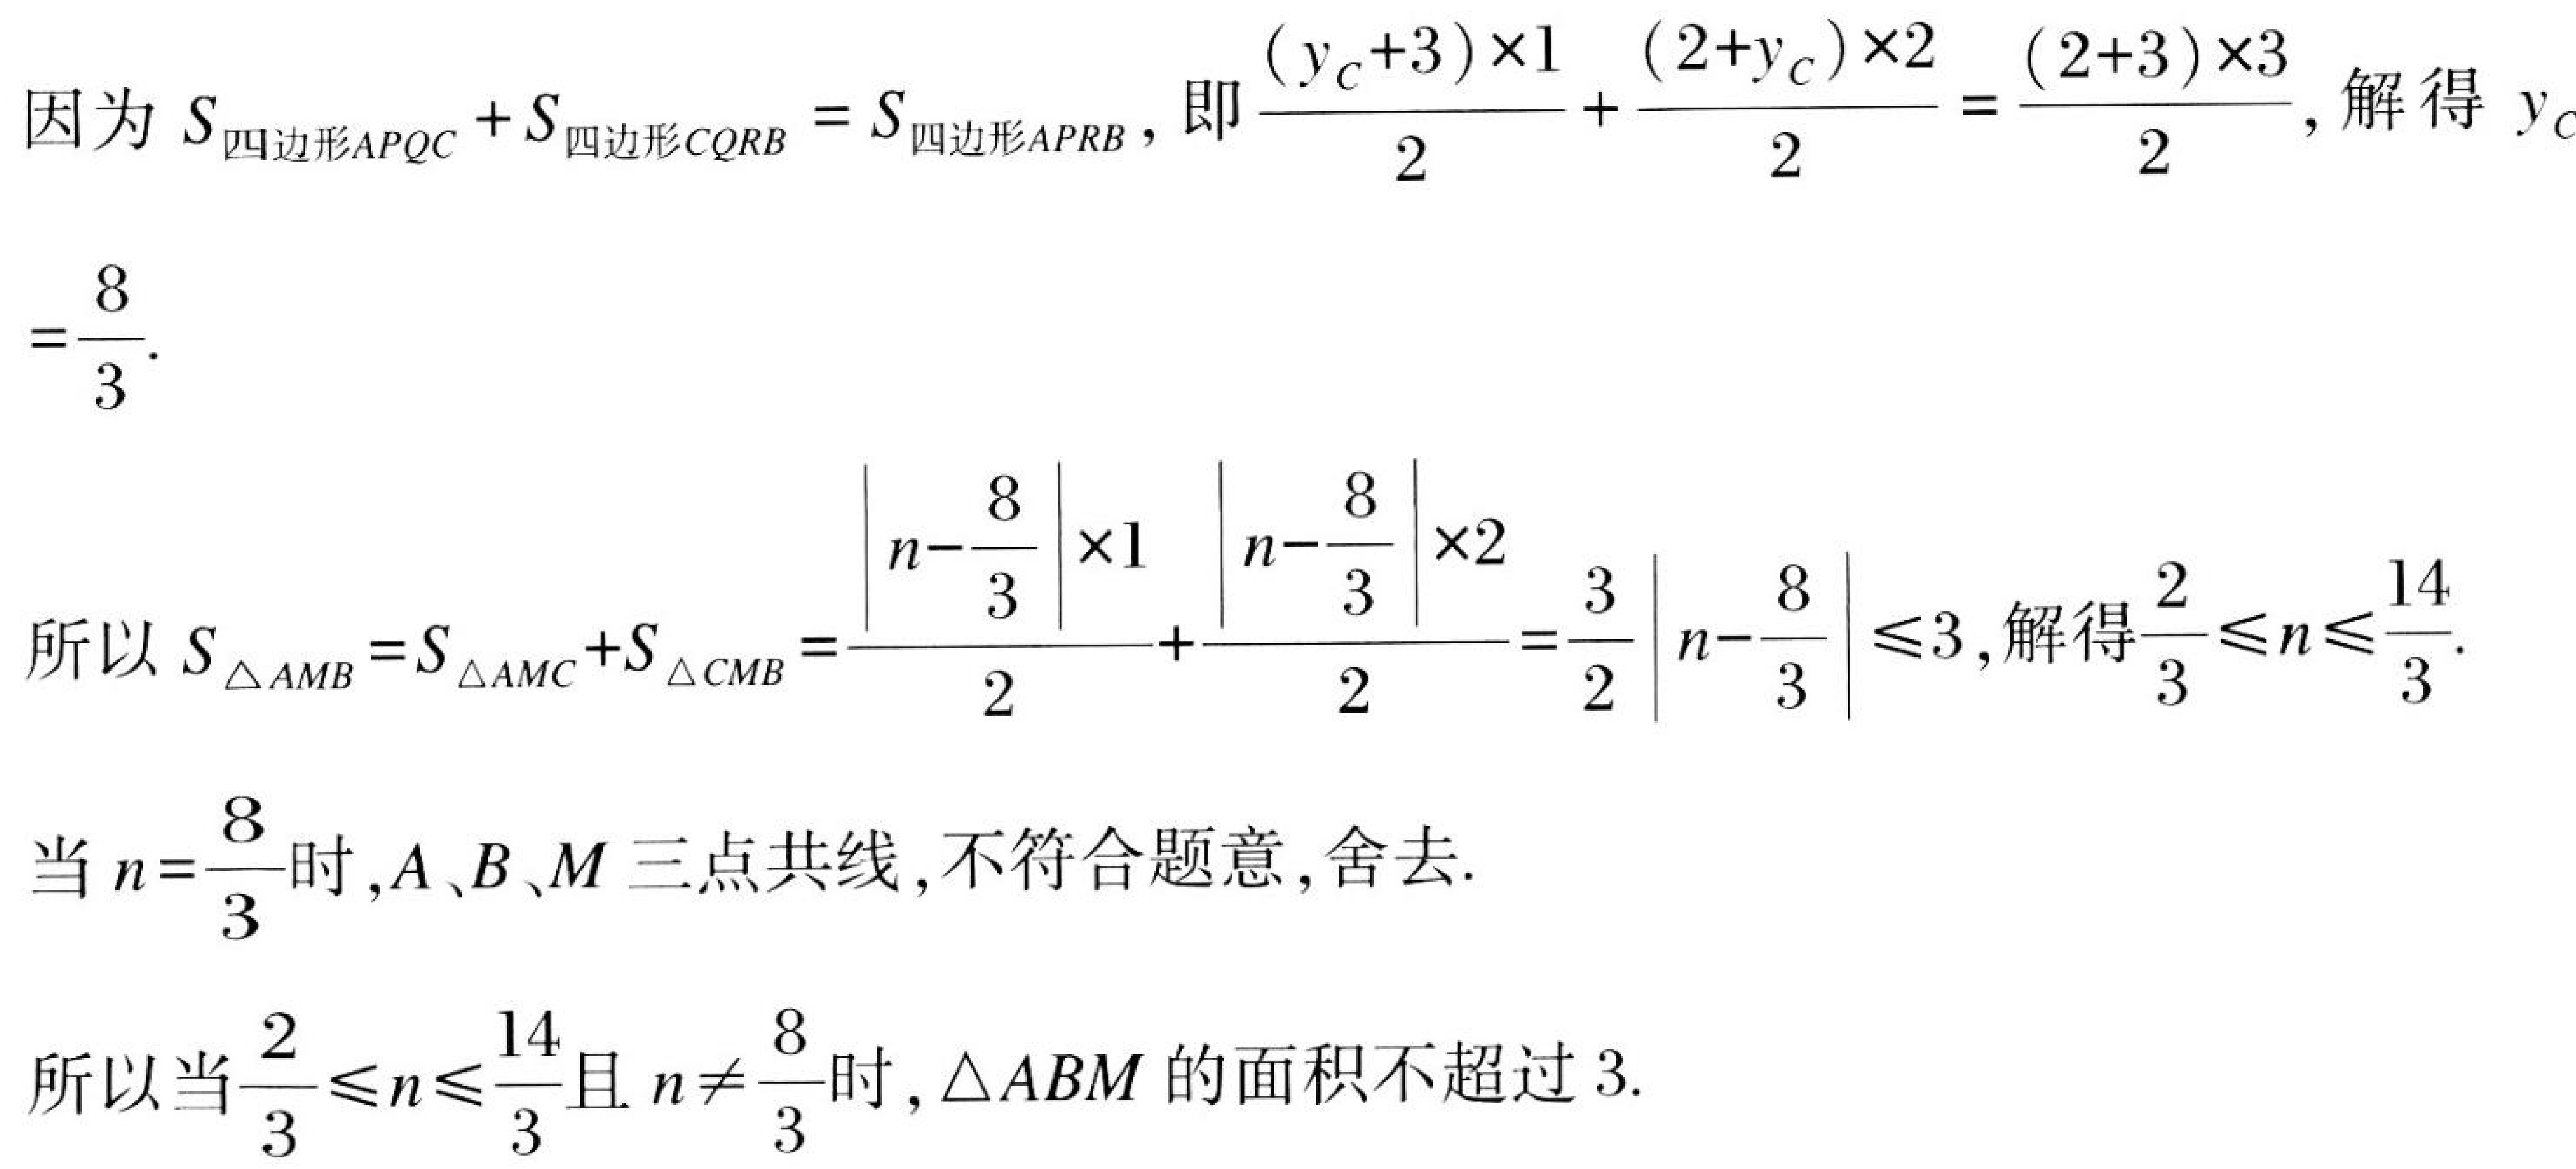
因为\(S_{四边形APQC}+S_{四边形CQR B}=S_{四边形APR B}\)，即\(\frac{(y_{C}+3)\times1}{2}+\frac{(2 + y_{C})\times2}{2}=\frac{(2 + 3)\times3}{2}\)，解得\(y_{C}=\frac{8}{3}\).

所以\(S_{\triangle AMB}=S_{\triangle AMC}+S_{\triangle CMB}=\frac{\left|n-\frac{8}{3}\right|\times1}{2}+\frac{\left|n-\frac{8}{3}\right|\times2}{2}=\frac{3}{2}\left|n-\frac{8}{3}\right|\leqslant3\)，解得\(\frac{2}{3}\leqslant n\leqslant\frac{14}{3}\).

当\(n = \frac{8}{3}\)时，\(A\)、\(B\)、\(M\)三点共线，不符合题意，舍去.

所以当\(\frac{2}{3}\leqslant n\leqslant\frac{14}{3}\)且\(n\neq\frac{8}{3}\)时，\(\triangle ABM\)的面积不超过\(3\).